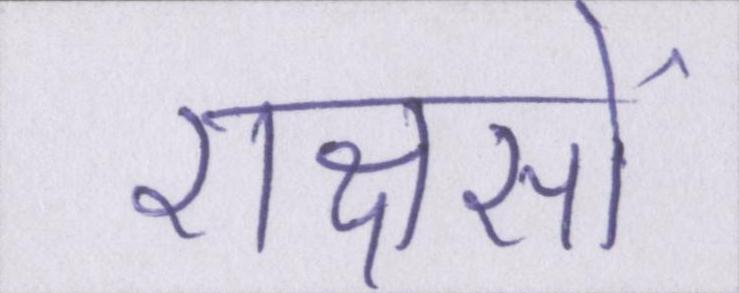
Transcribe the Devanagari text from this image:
राक्षसों